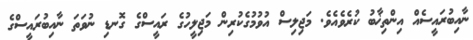
ނާއިބުރައީސެއް އިންތިޚާބު ކުރެވެއެވެ. މަޖިލިސް އުވުމުގެކުރިން މަޖިލީހުގެ ރައީސްގެ ގޮނޑި ނުވަތަ ނާއިބުރައީސްގެ